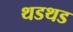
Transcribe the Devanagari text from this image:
थडथड